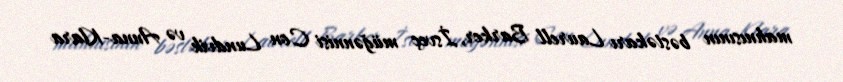
mahnısının bəstəkarı Laurell Barker, İsveç müğənnisi Con Lundvik və Anna-Klara